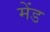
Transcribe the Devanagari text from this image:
मेंड